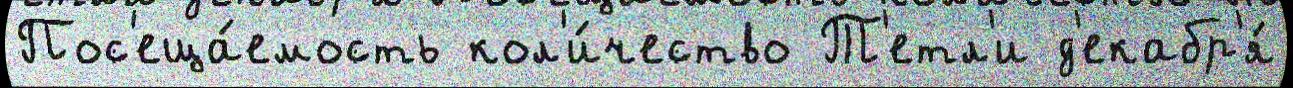
Пос'еща́емость кол'и́чество Т'етл'и д'екабр'я́